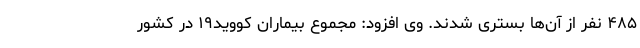
۴۸۵ نفر از آن‌ها بستری شدند. وی افزود: مجموع بیماران کووید۱۹ در کشور